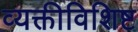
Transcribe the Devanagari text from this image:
व्यक्तीविशिष्ट